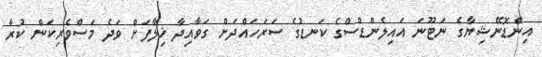
އިންޑޮނޭޝިޔާގެ ނަޓޫނަ އައިލެންޑްސްގެ ކަނޑުގެ ސަރަހައްދަށް ގަވާއިދާ ޚިލާފަށް ވަދެ މަސްވެރިކަން ކުރާ